65_HS1-834228961_62-HQ-83894_Section_6
Agency: FBI
Page 54
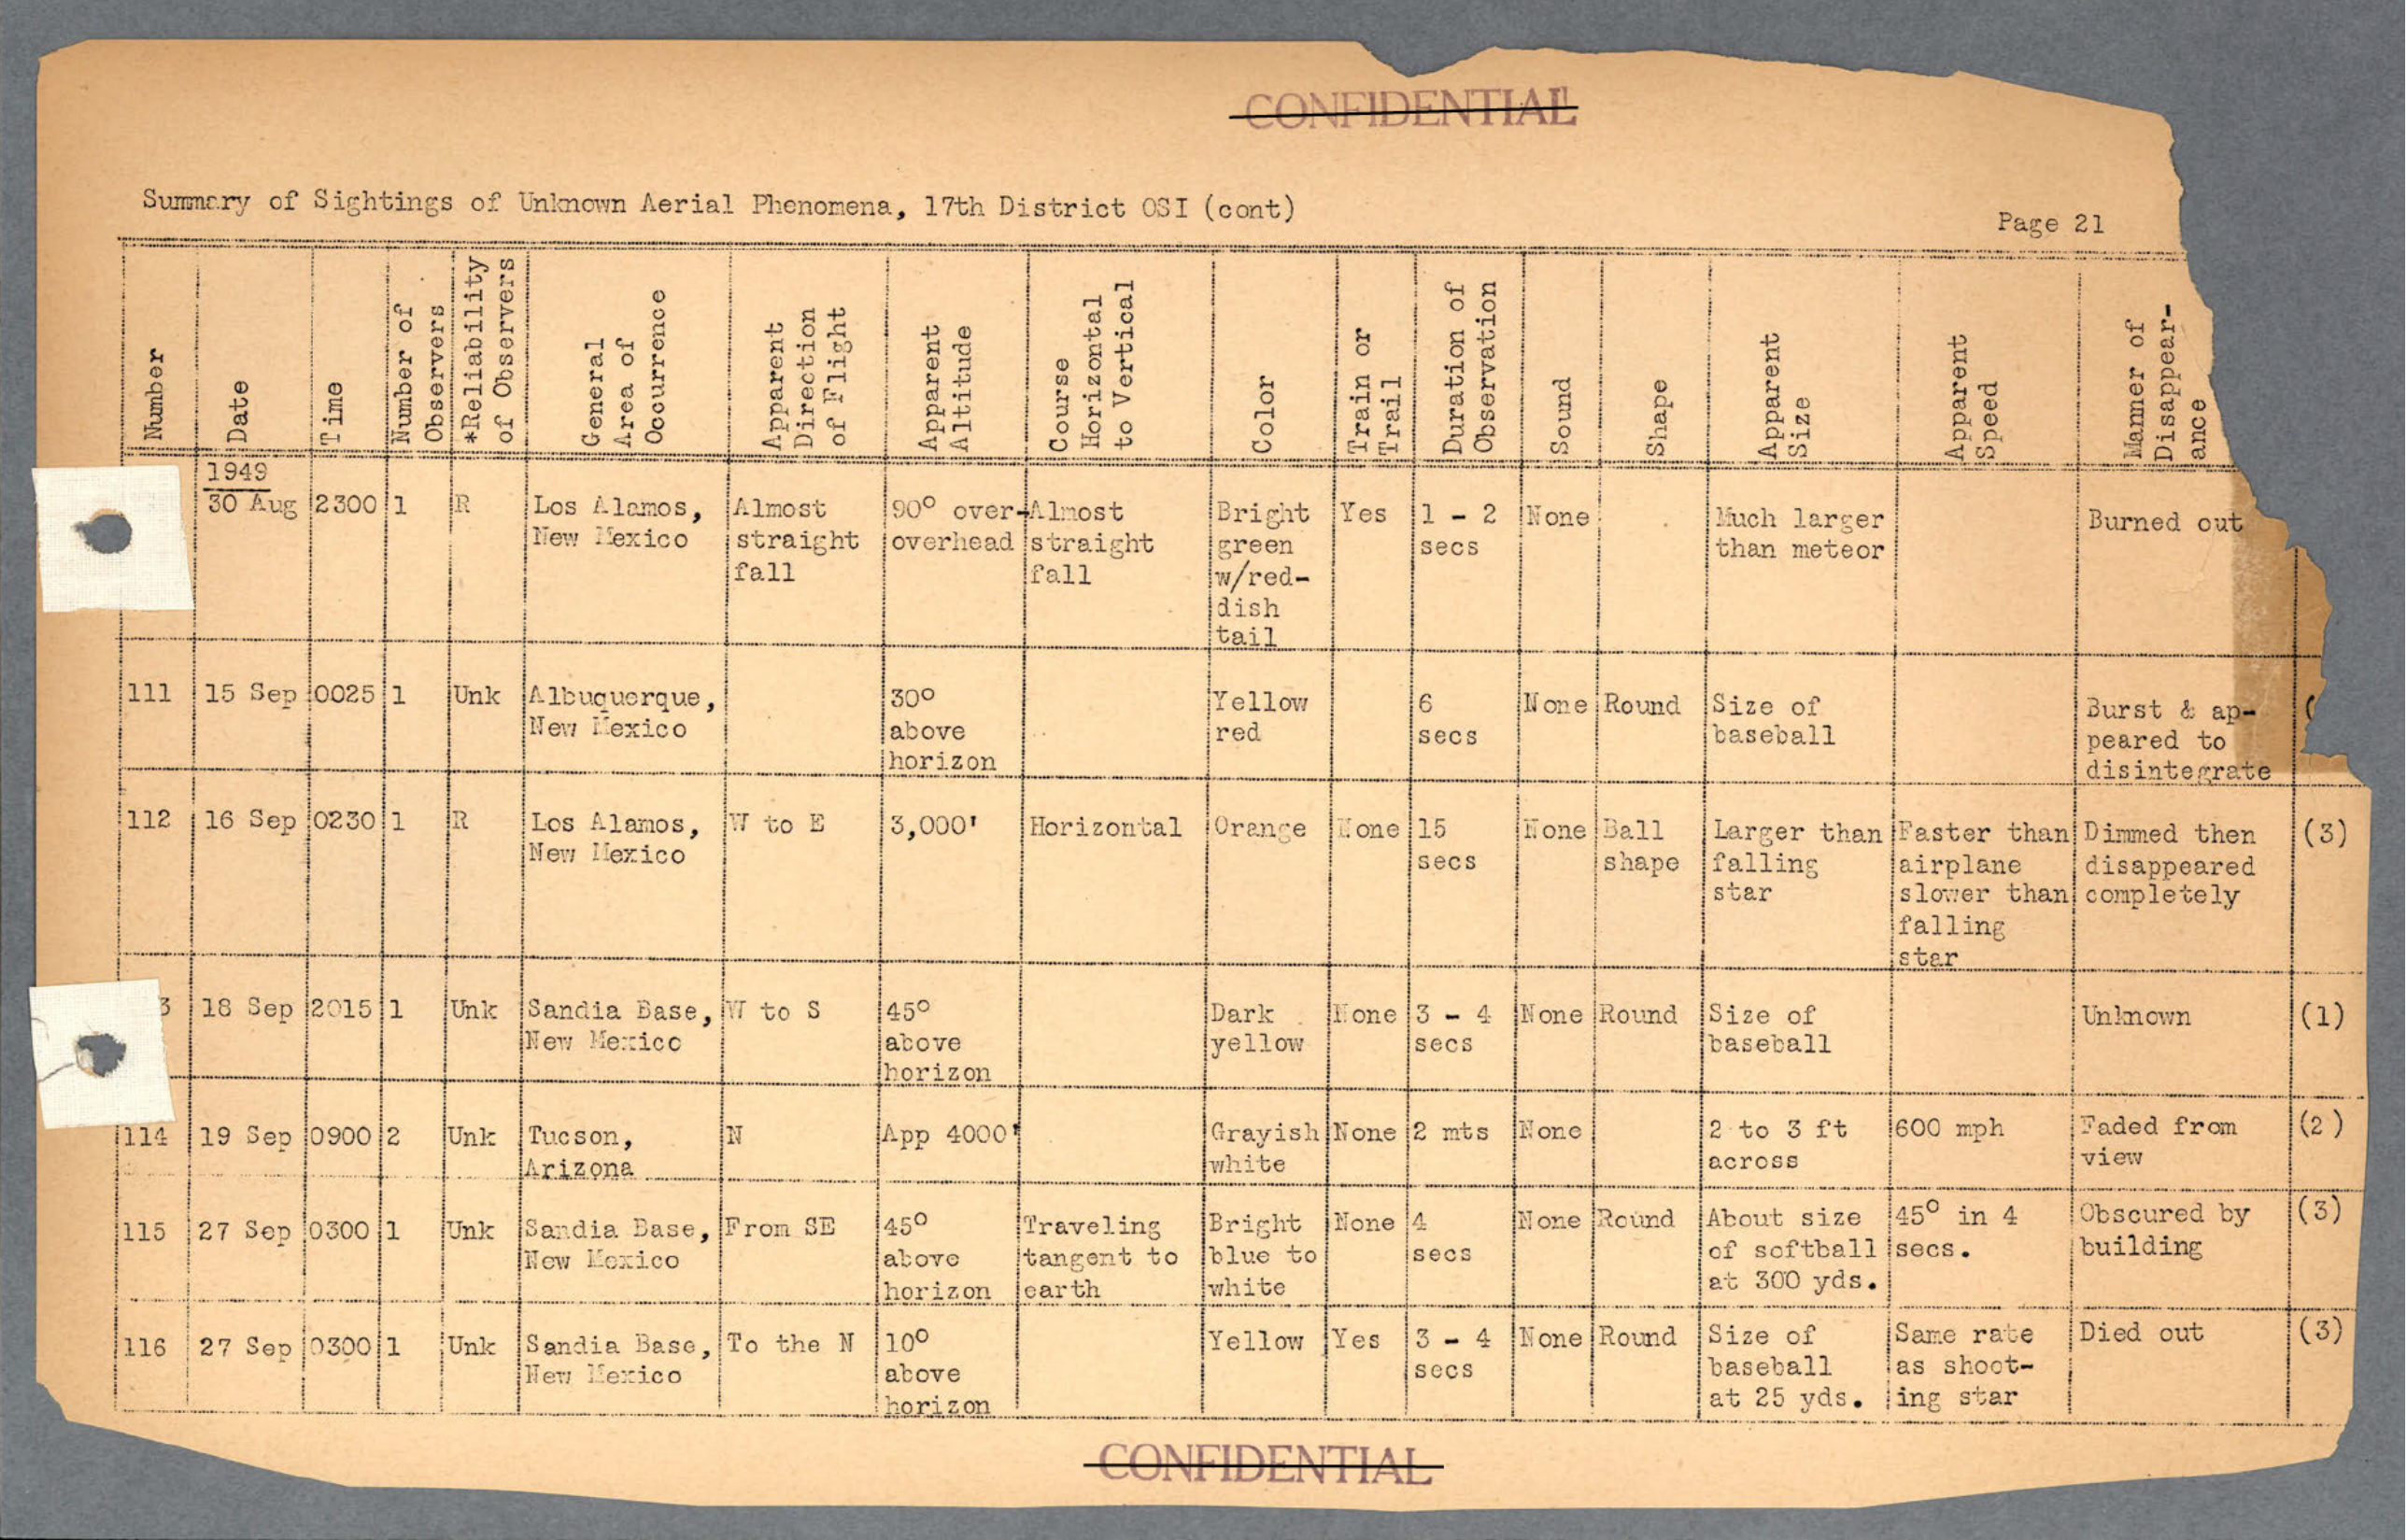